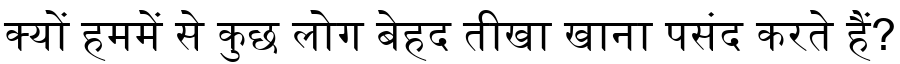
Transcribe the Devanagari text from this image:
क्यों हममें से कुछ लोग बेहद तीखा खाना पसंद करते हैं?